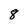
Character: 8